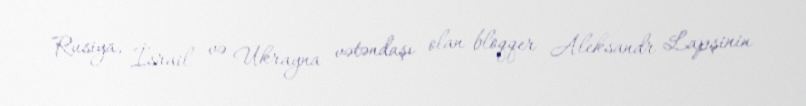
Rusiya, İsrail və Ukrayna vətəndaşı olan bloqqer Aleksandr Lapşinin